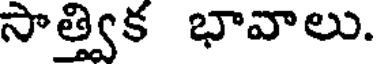
సాత్త్విక భావాలు.